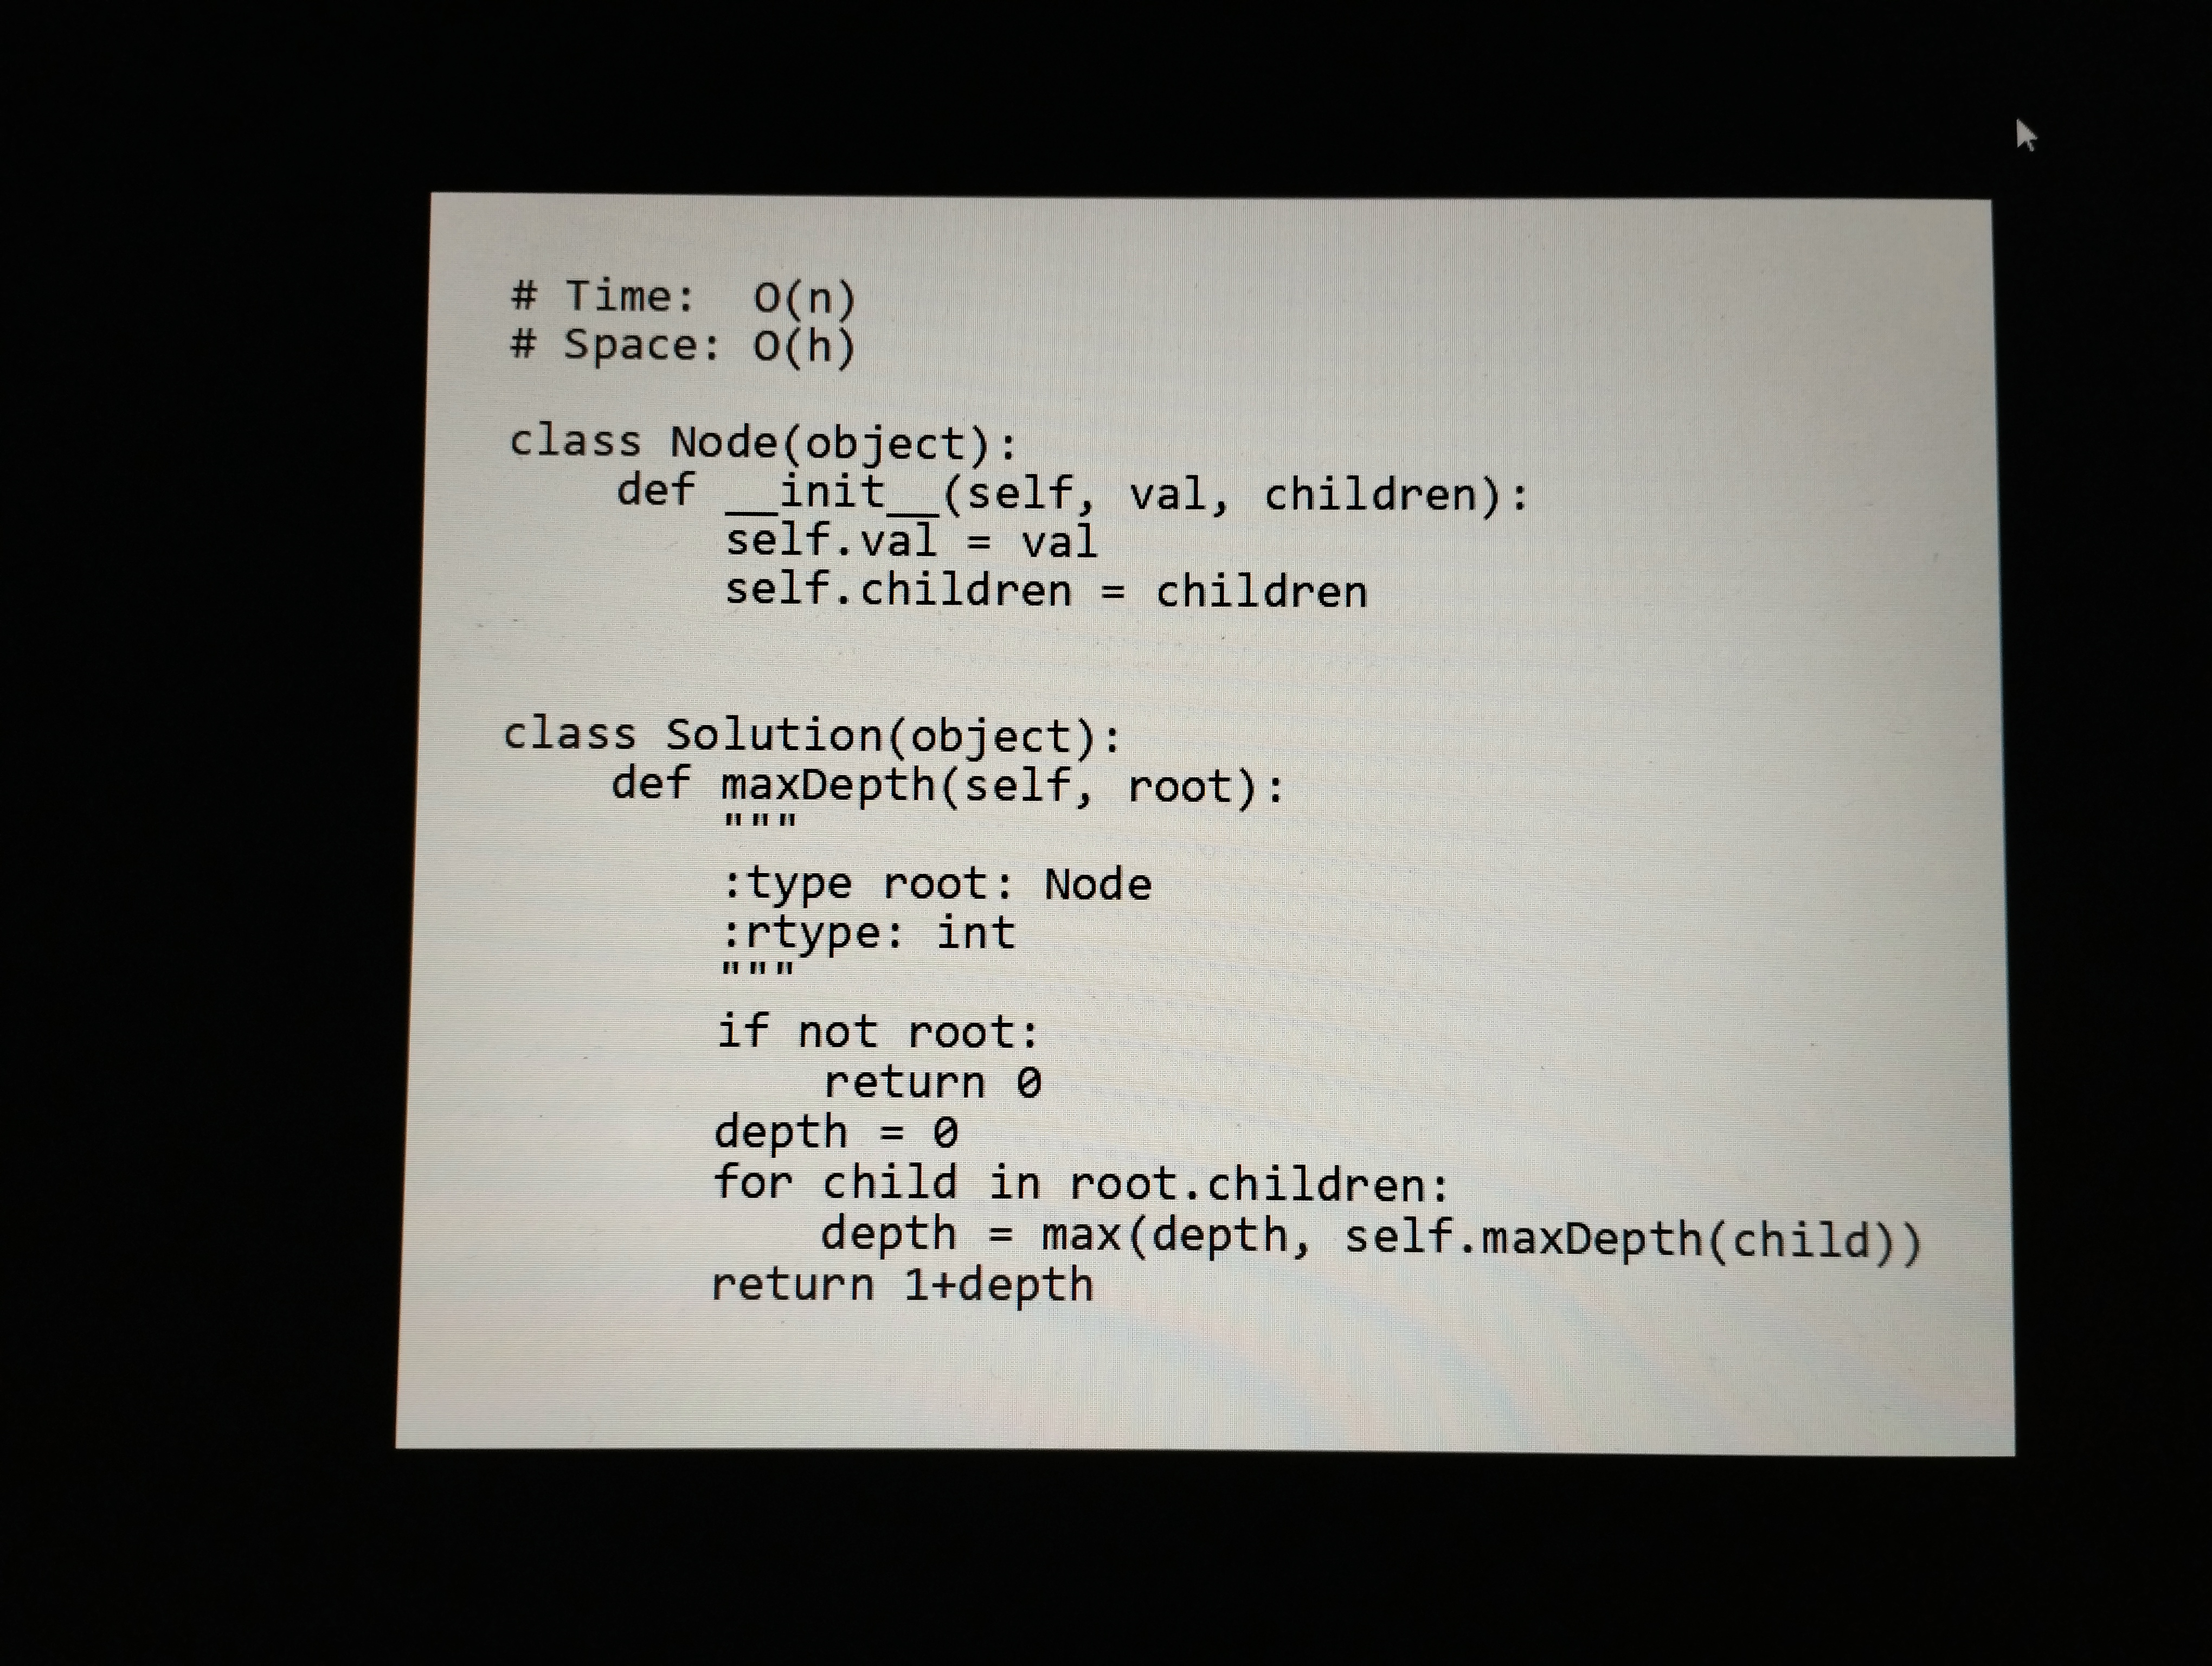
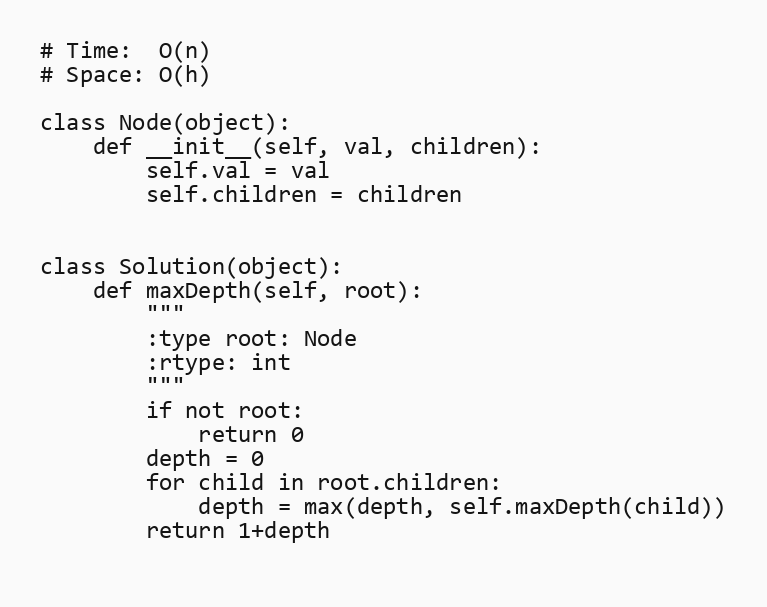
# Time:  O(n)
# Space: O(h)

class Node(object):
    def __init__(self, val, children):
        self.val = val
        self.children = children

class Solution(object):
    def maxDepth(self, root):
        """
        :type root: Node
        :rtype: int
        """
        if not root:
            return 0
        depth = 0
        for child in root.children:
            depth = max(depth, self.maxDepth(child))
        return 1+depth